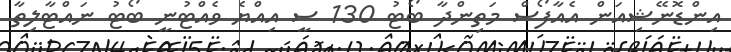
އިންޑޮނޭޝިއަން އެއާފޯސް މަތިންދާ ބޯޓު 130 ސީ އިއްޔެ ވެއްޓުނީ ބޯޓު ނައްޓާލިތާ